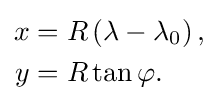
{\begin{aligned}x&=R\left(\lambda -\lambda _{0}\right),\\y&=R\tan \varphi .\end{aligned}}